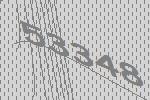
53348